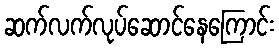
ဆက်လက်လုပ်ဆောင်နေကြောင်း